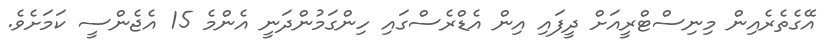
އޭގެތެރެއިން މިނިސްޓްރީއަށް ދީފައި އިން އެޑްރެސްގައި ހިންގަމުންދަނީ އެންމެ 15 އެޖެންސީ ކަމަށެވެ.